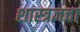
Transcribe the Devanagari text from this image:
शास्त्रज्ञचा